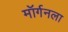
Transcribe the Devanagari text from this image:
मॉर्गनला